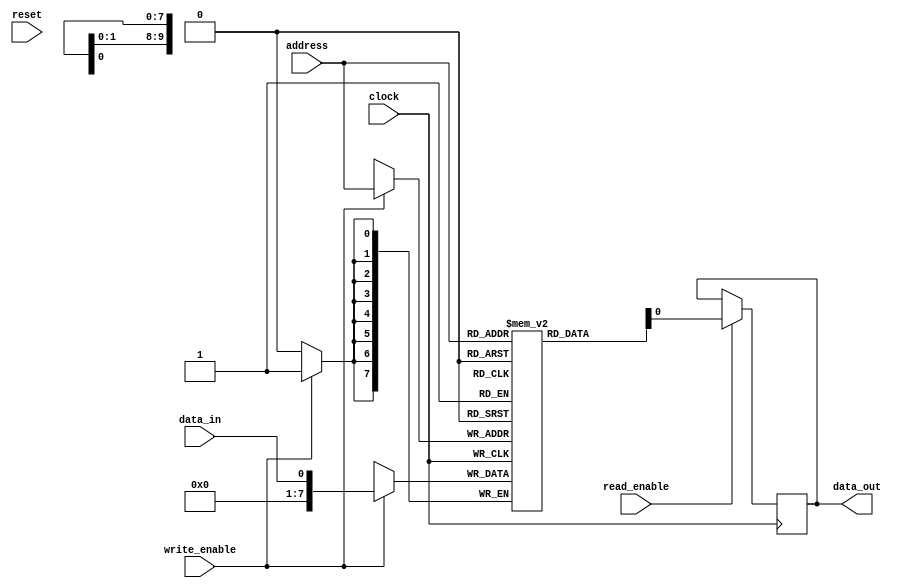
module MemoryBlocks(
    input wire clock,
    input wire reset,
    input wire [9:0] address,
    input wire write_enable,
    input wire read_enable,
    input wire data_in,
    output reg data_out
);

reg [9:0] row_address;
reg [3:0] column_address;
reg [7:0] memory_array [1023:0];

// Row and column decoder
always @(posedge clock) begin
    row_address <= address[9:6];
    column_address <= address[5:2];
end

// Write control logic
always @(posedge clock) begin
    if (write_enable) begin
        memory_array[address] <= data_in;
    end
end

// Read control logic
always @(posedge clock) begin
    if (read_enable) begin
        data_out <= memory_array[address];
    end
end

endmodule